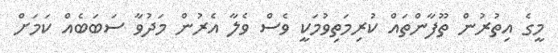
މީގެ އިތުރުން ތޫފާންތައް ކުރިމަތިވުމަކީ ވެސް ވެލާ އެރުން މަދުވާ ސަބަބެއް ކަމަށް